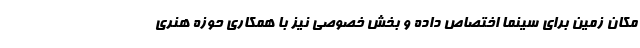
مکان زمین برای سینما اختصاص داده و بخش خصوصی نیز با همکاری حوزه هنری